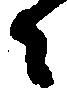
々